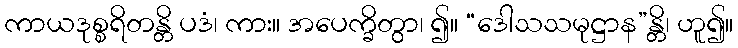
ကာယဒုစ္စရိတန္တိ ပဒံ၊ ကား။ အပေက္ခိတွာ၊ ၍။ “ဒေါသသမုဋ္ဌာန”န္တိ၊ ဟူ၍။